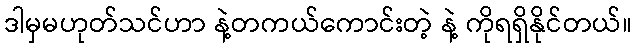
ဒါမှမဟုတ်သင်ဟာ နဲ့တကယ်ကောင်းတဲ့ နဲ့ ကိုရရှိနိုင်တယ်။